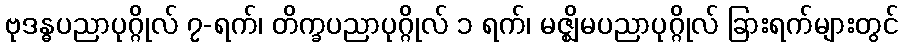
ဗုဒန္ဓပညာပုဂ္ဂိုလ် ၇-ရက်၊ တိက္ခပညာပုဂ္ဂိုလ် ၁ ရက်၊ မဇ္ဈိမပညာပုဂ္ဂိုလ် ခြားရက်များတွင်